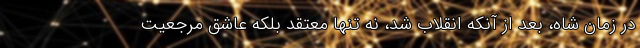
در زمان شاه، بعد از آنکه انقلاب شد، نه تنها معتقد بلکه عاشق مرجعیت